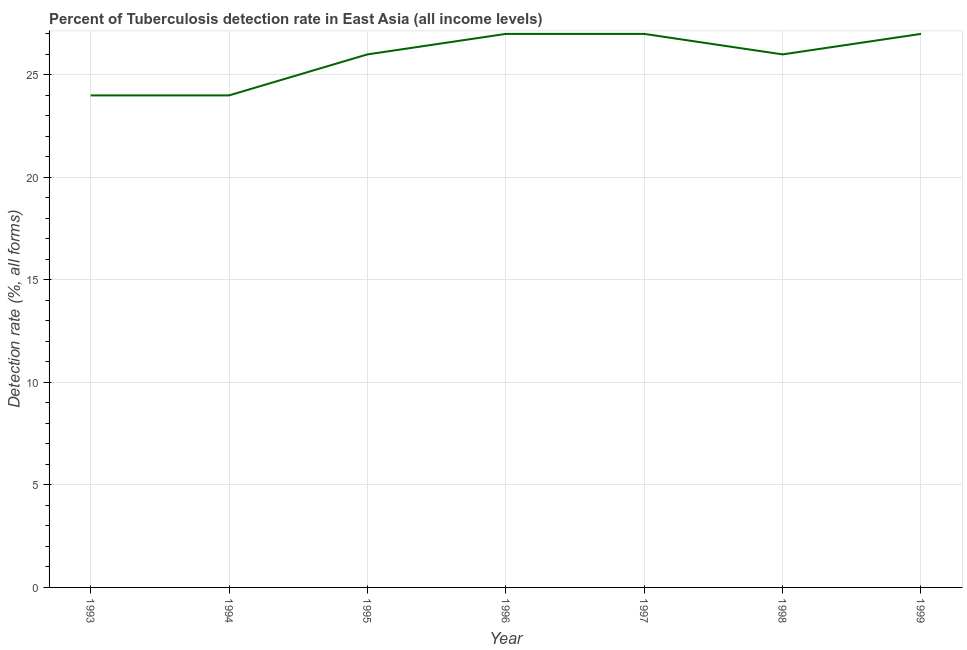
| Year | Tuberculosis case detection rate |
 | --- | --- |
 | 1993 | 24 |
 | 1994 | 24 |
 | 1995 | 26 |
 | 1996 | 27 |
 | 1997 | 27 |
 | 1998 | 26 |
 | 1999 | 27 |